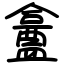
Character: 盫